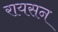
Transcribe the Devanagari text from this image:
रायसन